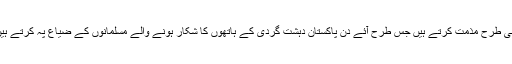
اسی طرح مذمت کرتے ہیں جس طرح آئے دن پاکستان دہشت گردی کے ہاتھوں کا شکار ہونے والے مسلمانوں کے ضیاع پہ کرتے ہیں۔